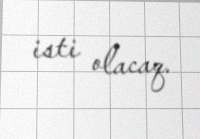
isti olacaq.